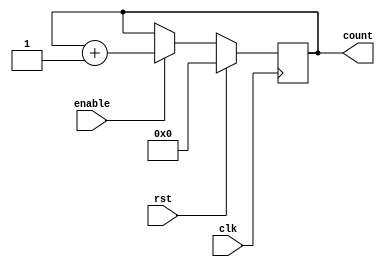
module synchronous_counter (
    input wire clk, // Clock signal
    input wire rst, // Reset signal
    input wire enable, // Enable signal
    output reg [3:0] count // 4-bit count value
);

// Sequential logic for synchronous counter
always @(posedge clk) begin
    if (rst) begin
        count <= 4'b0000; // Initialize count value
    end else if (enable) begin
        count <= count + 1; // Increment count value
    end
end

endmodule